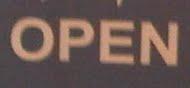
open